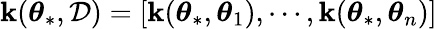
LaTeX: \boldsymbol{\mathbf{k}}(\boldsymbol{\theta}_{*},\mathcal{{D}})=[\mathbf{k}(\boldsymbol{\theta}_{*},\boldsymbol{\theta}_{1}),\cdots,\mathbf{k}(\boldsymbol{\theta}_{*},\boldsymbol{\theta}_{n})]